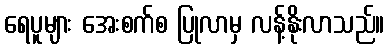
ရေပူများ အေးစက်စ ပြုလာမှ လန့်နိုးလာသည်။